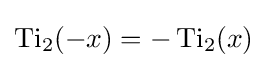
\operatorname {Ti} _{2}(-x)=-\operatorname {Ti} _{2}(x)